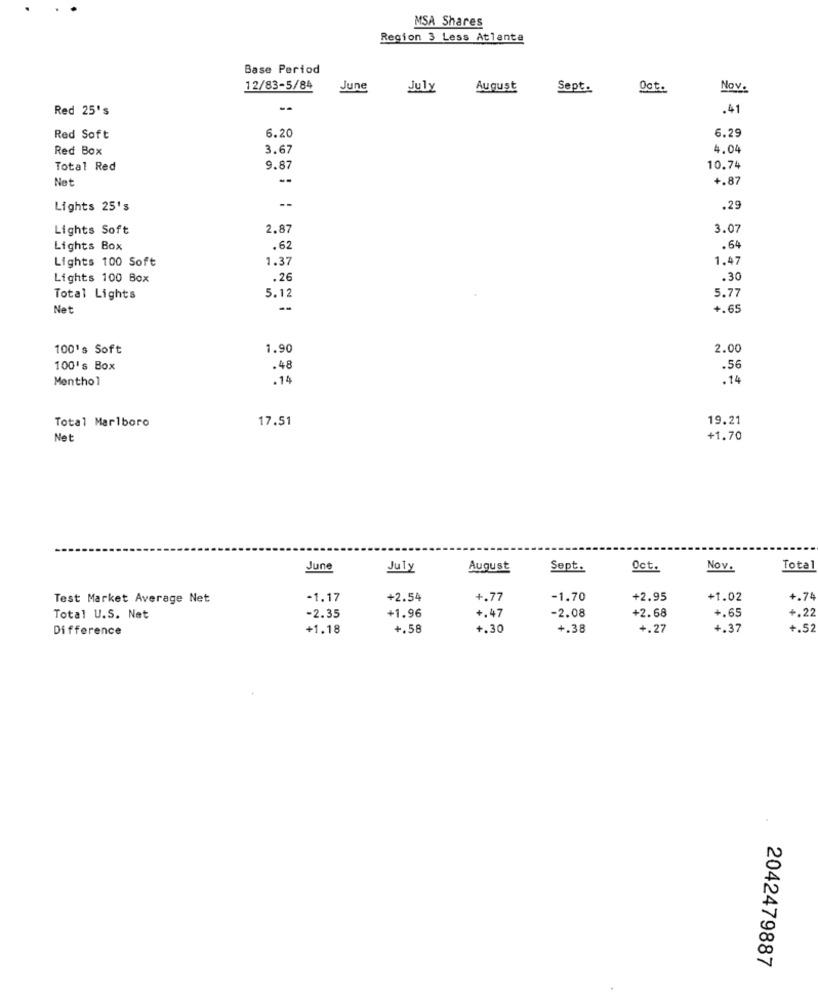
MSA Shares
Region 3 Less Atlanta
Base Period
12/83-5/84
June
July
August
Sept.
Oct.
Nov.
Red 25's
--
.41
Red Soft
6.20
6.2
Red Box
3.67
4.04
Total Red
9.87
10.74
Not
--
+.87
Lights 25's
--
.29
Lights Soft
2.87
3.07
Lights Box
.62
.64
Lights 100 Soft
1.37
1.47
Lights 100 Box
.26
.30
5.12
5.77
Total Lights
Net
+.65
100's Soft
1.90
2.00
100's Box
.48
.56
Menthol
.14
.14
17.51
19.21
Total Marlboro
Net
+1.70
June
July
August
Sept.
Oct.
Nov.
Total
Test Market Average Net
-1.17
+2.54
+.77
-1.70
+2.95
+1.02
+.74
-2.35
+.22
Total U.S. Net
+1.96
+.47
-2.08
+2.68
+.65
Difference
+1.18
+.58
+.30
+.38
+.27
4.37
+.52
2042479887